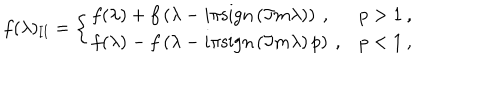
f ( \lambda ) _ { \mathrm { I I } } = \left\{ \begin{array} { l l } { { f ( \lambda ) + f \left( \lambda - i \pi \mathrm { s i g n } \left( \Im m \lambda \right) \right) \: , } } & { { p > 1 \: , } } \\ { { f ( \lambda ) - f \left( \lambda - i \pi \mathrm { s i g n } \left( \Im m \lambda \right) p \right) \: , } } & { { p < 1 \: , } } \\ \end{array} \right.